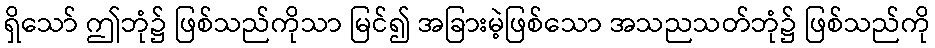
ရှိသော် ဤဘုံ၌ ဖြစ်သည်ကိုသာ မြင်၍ အခြားမဲ့ဖြစ်သော အသညသတ်ဘုံ၌ ဖြစ်သည်ကို